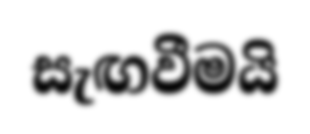
සැඟවීමයි